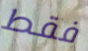
فقط